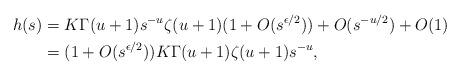
LaTeX: \begin{align*} h(s) & = K\Gamma(u+1) s^{-u}\zeta(u+1)(1+O(s^{\epsilon/2})) + O(s^{-u/2}) + O(1)\\& = (1+O(s^{\epsilon/2}))K\Gamma(u+1) \zeta(u+1) s^{-u},\end{align*}